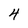
Character: 4